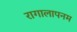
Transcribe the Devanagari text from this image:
रागालापनम